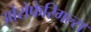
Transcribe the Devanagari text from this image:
ओरोफेरिगल्स